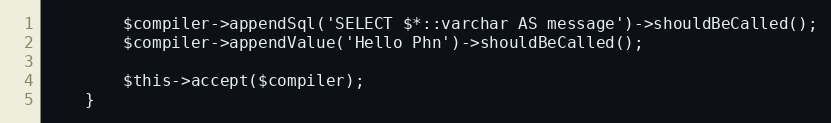
Language: PHP
        $compiler->appendSql('SELECT $*::varchar AS message')->shouldBeCalled();
        $compiler->appendValue('Hello Phn')->shouldBeCalled();

        $this->accept($compiler);
    }